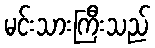
မင်းသားကြီးသည်